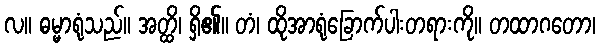
လ။ ဓမ္မာရုံသည်။ အတ္ထိ၊ ရှိ၏။ တံ၊ ထိုအာရုံခြောက်ပါးတရားကို။ တထာဂတော၊